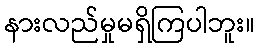
နားလည်မှုမရှိကြပါဘူး။